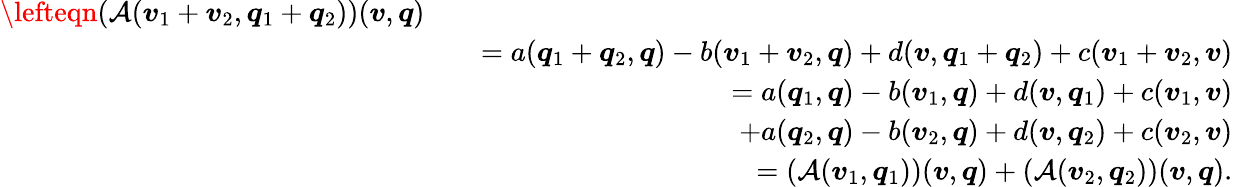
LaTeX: \begin{array}{rlr}{\lefteqn{(\mathcal{A}(\boldsymbol{v}_{1}+\boldsymbol{v}_{2},\boldsymbol{q}_{1}+\boldsymbol{q}_{2}))(\boldsymbol{v},\boldsymbol{q})}}\\ &{}&{=a(\boldsymbol{q}_{1}+\boldsymbol{q}_{2},\boldsymbol{q})-b(\boldsymbol{v}_{1}+\boldsymbol{v}_{2},\boldsymbol{q})+d(\boldsymbol{v},\boldsymbol{q}_{1}+\boldsymbol{q}_{2})+c(\boldsymbol{v}_{1}+\boldsymbol{v}_{2},\boldsymbol{v})}\\ &{}&{=a(\boldsymbol{q}_{1},\boldsymbol{q})-b(\boldsymbol{v}_{1},\boldsymbol{q})+d(\boldsymbol{v},\boldsymbol{q}_{1})+c(\boldsymbol{v}_{1},\boldsymbol{v})}\\ &{}&{\quad+a(\boldsymbol{q}_{2},\boldsymbol{q})-b(\boldsymbol{v}_{2},\boldsymbol{q})+d(\boldsymbol{v},\boldsymbol{q}_{2})+c(\boldsymbol{v}_{2},\boldsymbol{v})}\\ &{}&{=(\mathcal{A}(\boldsymbol{v}_{1},\boldsymbol{q}_{1}))(\boldsymbol{v},\boldsymbol{q})+(\mathcal{A}(\boldsymbol{v}_{2},\boldsymbol{q}_{2}))(\boldsymbol{v},\boldsymbol{q}).}\end{array}